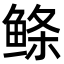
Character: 鲦